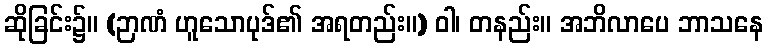
ဆိုခြင်း၌။ (ဉာဏံ ဟူသောပုဒ်၏ အရတည်း။) ဝါ၊ တနည်း။ အဘိလာပေ ဘာသနေ